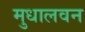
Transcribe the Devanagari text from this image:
मुधालवन